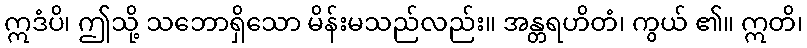
ဣဒံပိ၊ ဤသို့ သဘောရှိသော မိန်းမသည်လည်း။ အန္တရဟိတံ၊ ကွယ် ၏။ ဣတိ၊